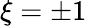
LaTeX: \xi=\pm 1